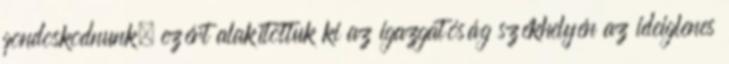
gondoskodnunk, ezért alakítottuk ki az igazgatóság székhelyén az ideiglenes